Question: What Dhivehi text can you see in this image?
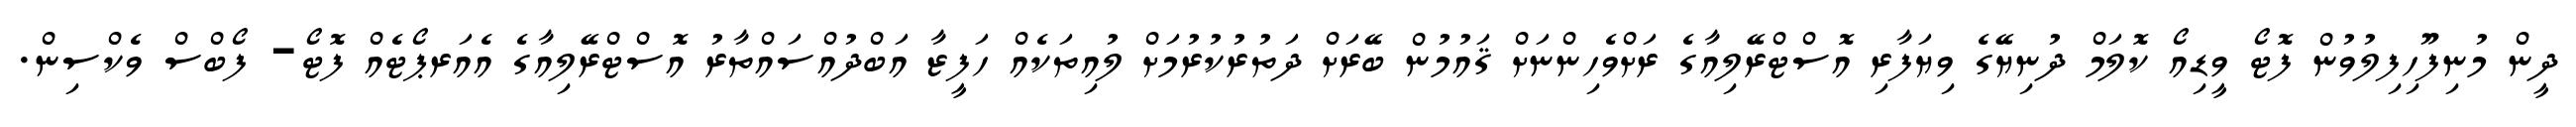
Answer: ދީން މުނިފޫހިފިލުވުން ފޮޓޯ ވީޑިއޯ ކޮލަމް ދުނިޔޭގެ ވިޔަފާރި އޮސްޓްރޭލިއާގެ ރަށްވެހިންނަށް ޤައުމުން ބޭރަށް ދަތުރުކުރުމަށް ލުއިތަކެއް ހަފީޒާ އަބްދުއްސައްތާރު އޮސްޓްރޭލިއާގެ އެއަރޕޯޓެއް ފޮޓޯ- ފޯބްސް ވެކްސިން.